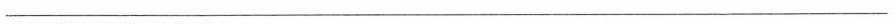
___________________________